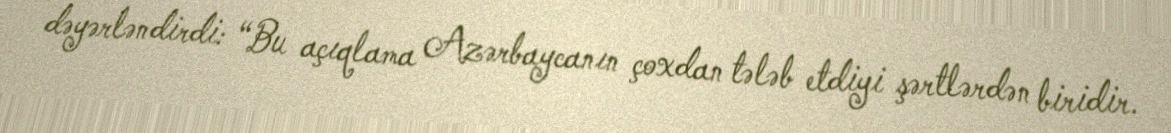
dəyərləndirdi: “Bu açıqlama Azərbaycanın çoxdan tələb etdiyi şərtlərdən biridir.